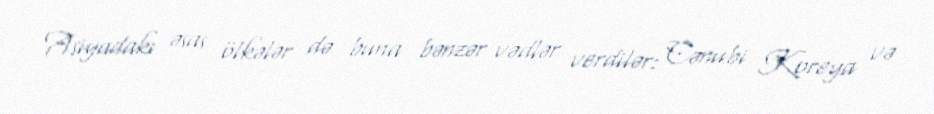
Asiyadakı əsas ölkələr də buna bənzər vədlər verdilər: Cənubi Koreya və